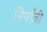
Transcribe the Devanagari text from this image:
मियाँजी